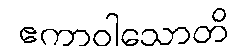
ဧကာဝါသောတိ